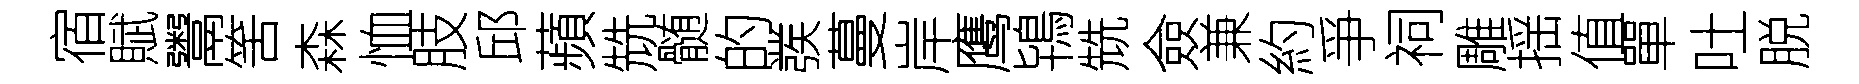
宿賦鬻筈森恤肢邱蘋兟髄的彂蔓岸鹰鴇兟僉兼約爭祠雕揺值單吐脱